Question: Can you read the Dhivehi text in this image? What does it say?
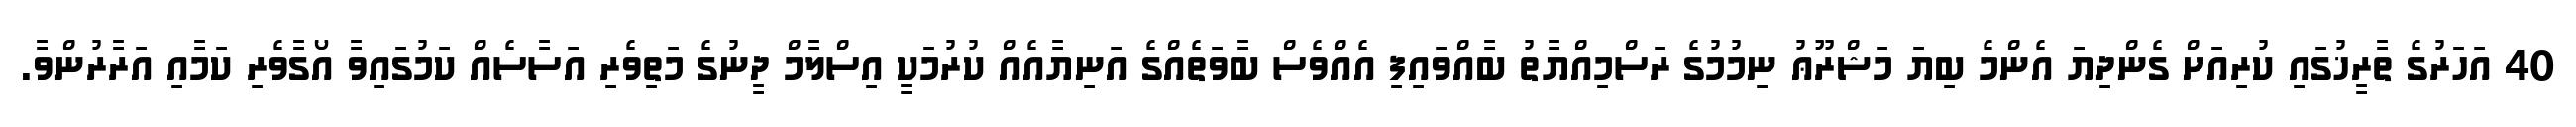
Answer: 40 އަހަރުގެ ތާރީޚުގައި ކުރިއަށް ގެންދިޔަ އެންމެ ބިޔަ މަޝްރޫޢު ނިމުމުގެ ރަސްމިއްޔާތު ބާއްވައިފި އެއްވެސް ބާވަތެއްގެ އަނިޔާއެއް ކުރުމަކީ އިސްލާމް ދީނުގެ މަތިވެރި އަސާސެއް ކަމުގައިވާ އޯގާވެރި ކަމާއި އަރާރުންވާ.